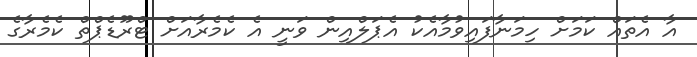
އާ އެތައް ކަމަށް ހިމަނާފައިވުމާއެކު އެޕަލްއިން ވަނީ އެ ކެމެރާއަށް ޓްރޫޑެޕްތް ކެމެރާގެ